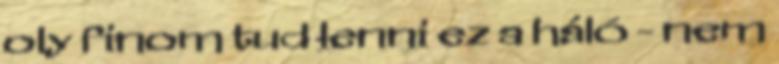
oly finom tud lenni ez a háló - nem